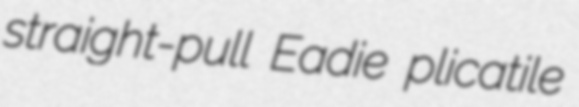
straight-pull Eadie plicatile